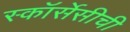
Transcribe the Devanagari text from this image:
स्कॉर्सेसीची